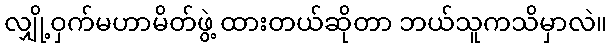
လျှို့ဝှက်မဟာမိတ်ဖွဲ့ ထားတယ်ဆိုတာ ဘယ်သူကသိမှာလဲ။